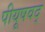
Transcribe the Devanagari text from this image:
पीयूषवद्